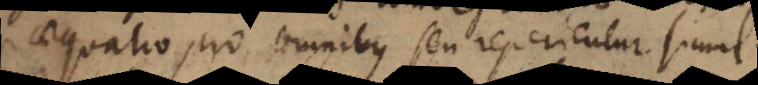
aequatio pro omnibus seu reperientur simul.